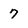
Character: 7